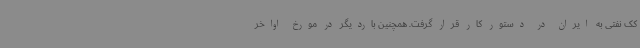
کک نفتی به ایران در دستور کار قرار گرفت. همچنین باردیگر در مورخ اواخر